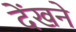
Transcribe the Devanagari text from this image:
देंखने